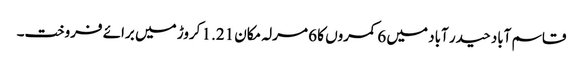
قاسم آباد حیدر آباد میں 6 کمروں کا 6 مرلہ مکان 1.21 کروڑ میں برائے فروخت۔